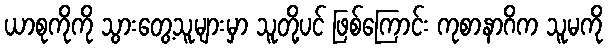
ယာစုကိုကို သွားတွေ့သူများမှာ သူတို့ပင် ဖြစ်ကြောင်း ကုစာနာဂိက သူမကို